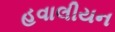
હવાલીયન